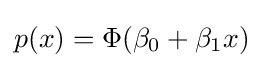
p(x)=\Phi (\beta _{0}+\beta _{1}x)